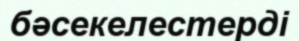
бәсекелестерді